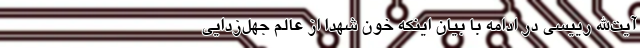
آیت‌الله رییسی در ادامه با بیان اینکه خون شهدا از عالم جهل‌زدایی